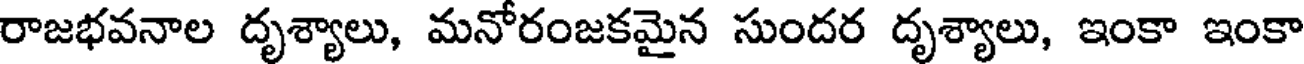
రాజభవనాల దృశ్యాలు, మనోరంజకమైన సుందర దృశ్యాలు, ఇంకా ఇంకా